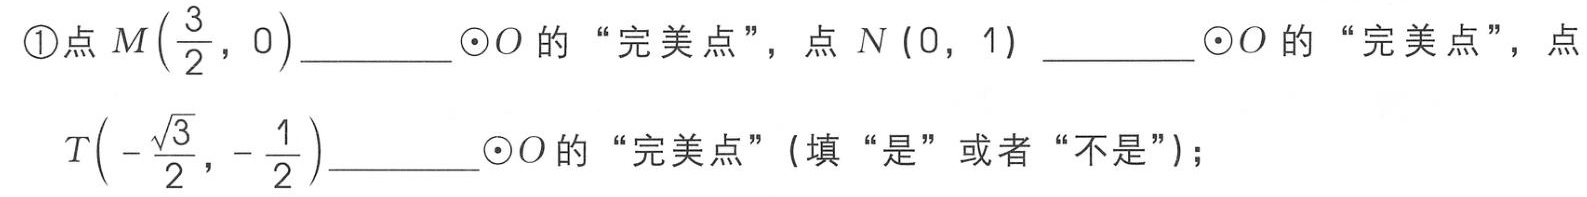
\textcircled{1}点\(M\left(\dfrac{3}{2},0\right)\)_________$\odot O$的“完美点”，点\(N(0,1)\)_________$\odot O$的“完美点”，点\(T\left(-\dfrac{\sqrt{3}}{2},-\dfrac{1}{2}\right)\)_________$\odot O$的“完美点”(填“是”或者“不是”)；